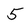
Character: 5